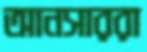
আনসাররা